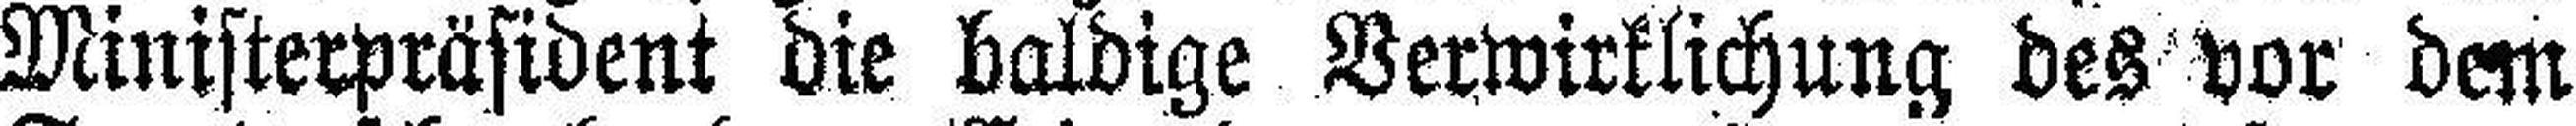
Ministerpräsident die baldige Verwirklichung des vor dem